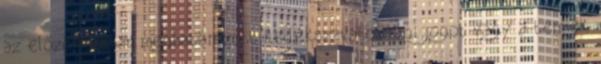
az előző pontban meghatározott kellékszavatossági jogot vagy a termék